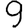
Digit: 9